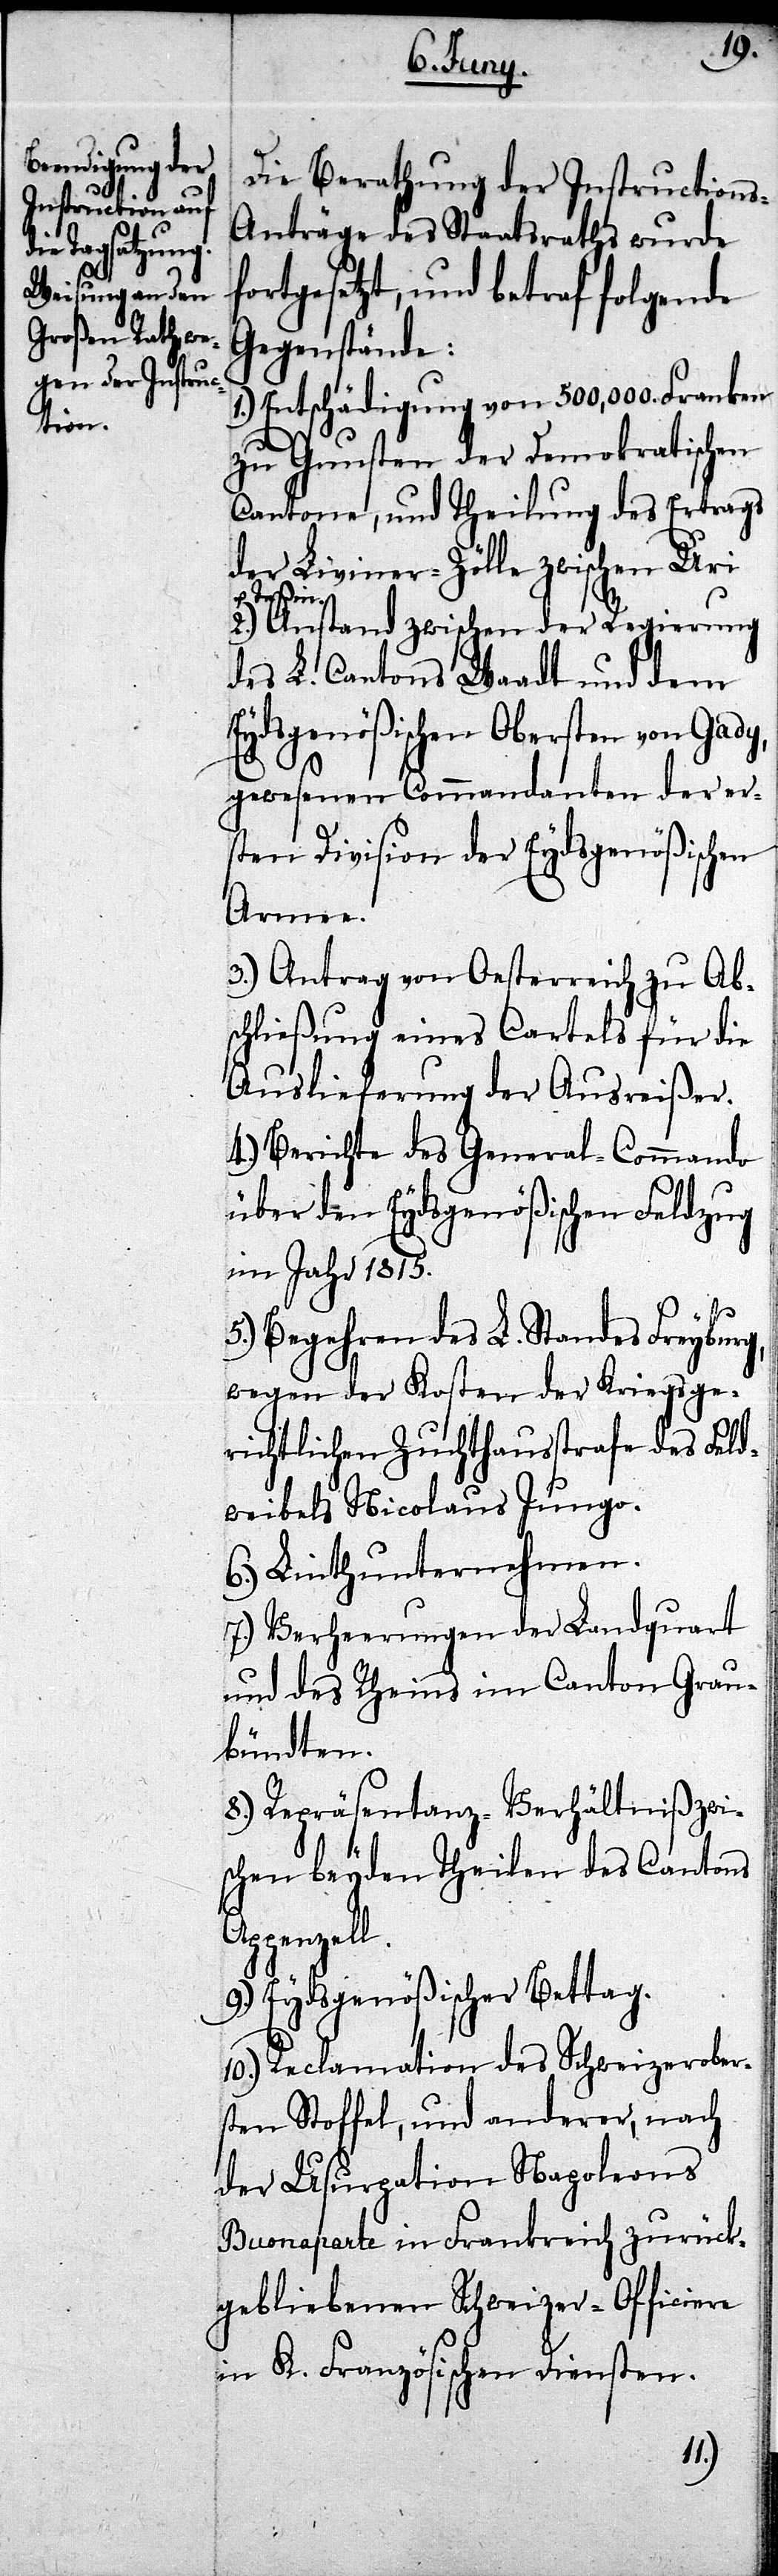
Die Berathung der Instructions-A¬
nträge des Staatsraths wurde
ortgesetzt, und betraf folgende
Gegenstände:
1.) Entschädigung von 500,000. Franken
zu Gunsten der Demokratischen
Cantone, und Theilung des Ertrags
der Liviner-Zölle zwischen Uri
u. Teßin.
2.) Anstand zwischen der Regierung
des L. Cantons Waadt und dem
Eydsgenößischen Obersten von Gady,
gewesenen Commandanten der er¬
sten Division der Eydsgenößischen
Armee.
3.) Antrag von Oesterreich zu Ab¬
schließung eines Cartels für die
Auslieferung der Ausreißer.
4.) Berichte des General-Commando
über den Eydsgenößischen Feldzug
im Jahr 1815.
5.) Begehren des L. Standes Freybur¬
wegen der Kosten der Kriegsge¬
richtlichen Zuchthausstrafe des Feld¬
weibels Nicolaus Jungo.
6.) Linthunternehmen.
7.) Verheerungen der Landquart
und des Rheins im Canton Grau¬
bündten.
8.) Repräsentanz-Verhältniß zwi¬
schen beyden Theilen des Cantons
ppenzell.
9.) Eydsgenößischer Bettag.
10.) Reclamation des Schweizerober¬
sten Stoffel, und anderer, nach
der Usurpation Napoleons
Buonaparte in Frankreich zurück¬
gebliebenen Schweizer-Officiere
K. Französischen Diensten.
A¬